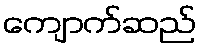
ကျောက်ဆည်